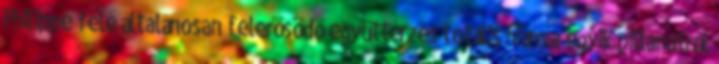
Philippe felé általánosan felerősödő együttérzés totális hiánya egyik pillanatról